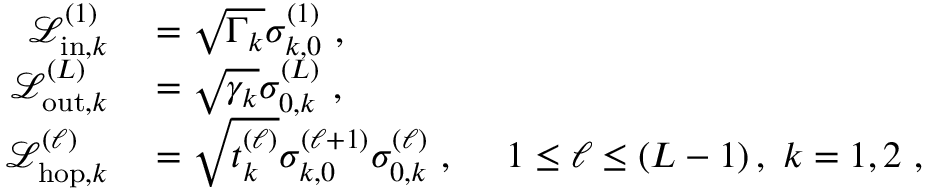
\begin{array} { r l } { \mathcal { L } _ { \mathrm { i n } , k } ^ { ( 1 ) } } & { { } = \sqrt { \Gamma _ { k } } \sigma _ { k , 0 } ^ { ( 1 ) } \, \, , } \\ { \mathcal { L } _ { \mathrm { o u t } , k } ^ { ( L ) } } & { { } = \sqrt { \gamma _ { k } } \sigma _ { 0 , k } ^ { ( L ) } \, \, , } \\ { \mathcal { L } _ { \mathrm { h o p } , k } ^ { ( \ell ) } } & { { } = \sqrt { t _ { k } ^ { ( \ell ) } } \sigma _ { k , 0 } ^ { ( \ell + 1 ) } \sigma _ { 0 , k } ^ { ( \ell ) } \, \, , \ \ \ \ 1 \le \ell \le \left( L - 1 \right) , \, \, k = 1 , 2 \, \, , } \end{array}